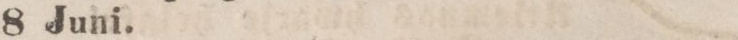
8 Juni.